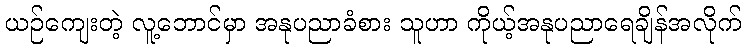
ယဉ်ကျေးတဲ့ လူ့ဘောင်မှာ အနုပညာခံစား သူဟာ ကိုယ့်အနုပညာရေချိန်အလိုက်